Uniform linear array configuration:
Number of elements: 12
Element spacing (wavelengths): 1
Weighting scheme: kaiser
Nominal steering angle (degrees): -30
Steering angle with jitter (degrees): -28.686
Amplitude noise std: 0.05
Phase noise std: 0.05

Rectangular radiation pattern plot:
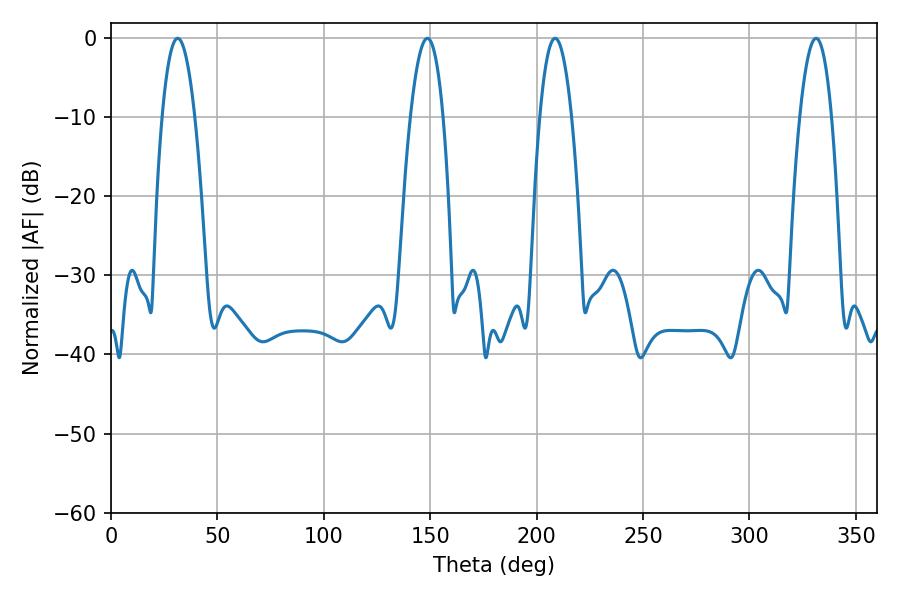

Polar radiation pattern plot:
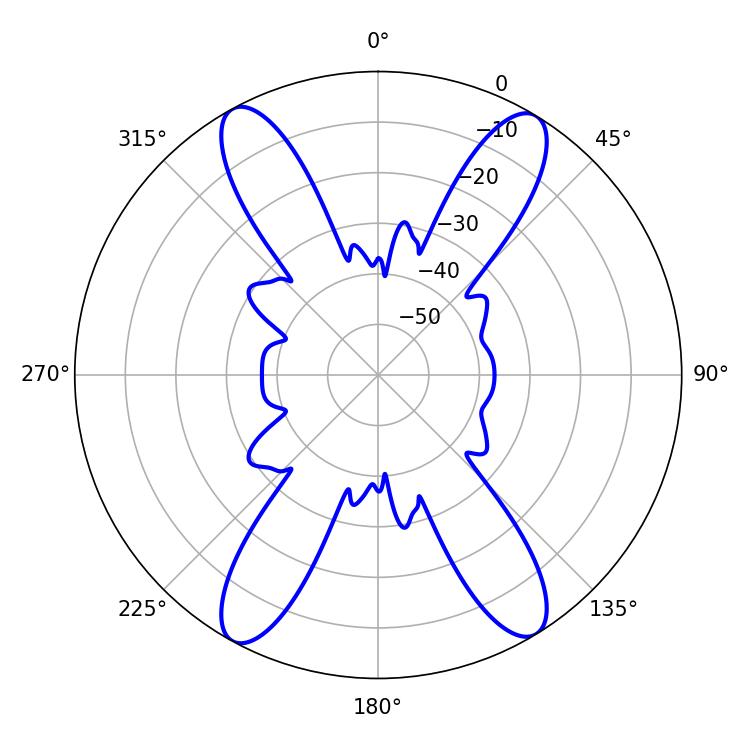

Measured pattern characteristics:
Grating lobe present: TRUE
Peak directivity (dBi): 20.727
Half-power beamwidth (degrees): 8.46
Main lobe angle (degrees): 31.32